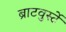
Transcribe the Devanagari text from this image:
ब्राटवुर्स्टे